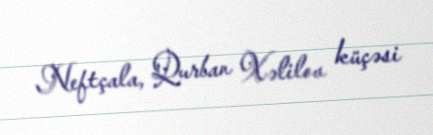
Neftçala, Qurban Xəlilov küçəsi